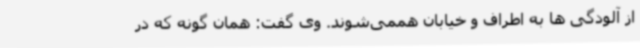
از آلودگی ها به اطراف و خیابان هممی‌شوند. وی گفت: همان گونه که در